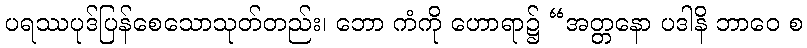
ပရဿပုဒ်ပြန်စေသောသုတ်တည်း၊ ဘော ကံကို ဟောရာ၌ “အတ္တနော ပဒါနိ ဘာဝေ စ